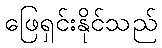
ဖြေရှင်းနိုင်သည်